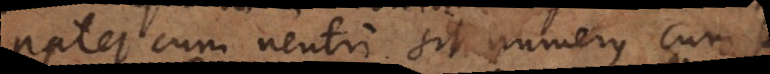
Patet cum neutri sit numerus cum